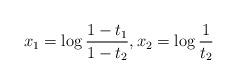
LaTeX: \begin{align*}x_1=\log\frac{1-t_1}{1-t_2}, x_2=\log\frac{1}{t_2}\end{align*}